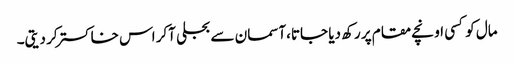
مال کو کسی اونچے مقام پر رکھ دیا جاتا،آسمان سے بجلی آکر اس خاکستر کر دیتی۔